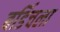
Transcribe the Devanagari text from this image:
बर्डिचला